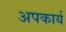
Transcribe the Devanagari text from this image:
अपकार्य